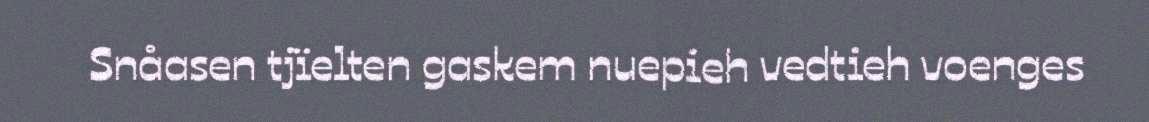
Snåasen tjïelten gaskem nuepieh vedtieh voenges